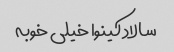
سالاد کینوا خیلی خوبه